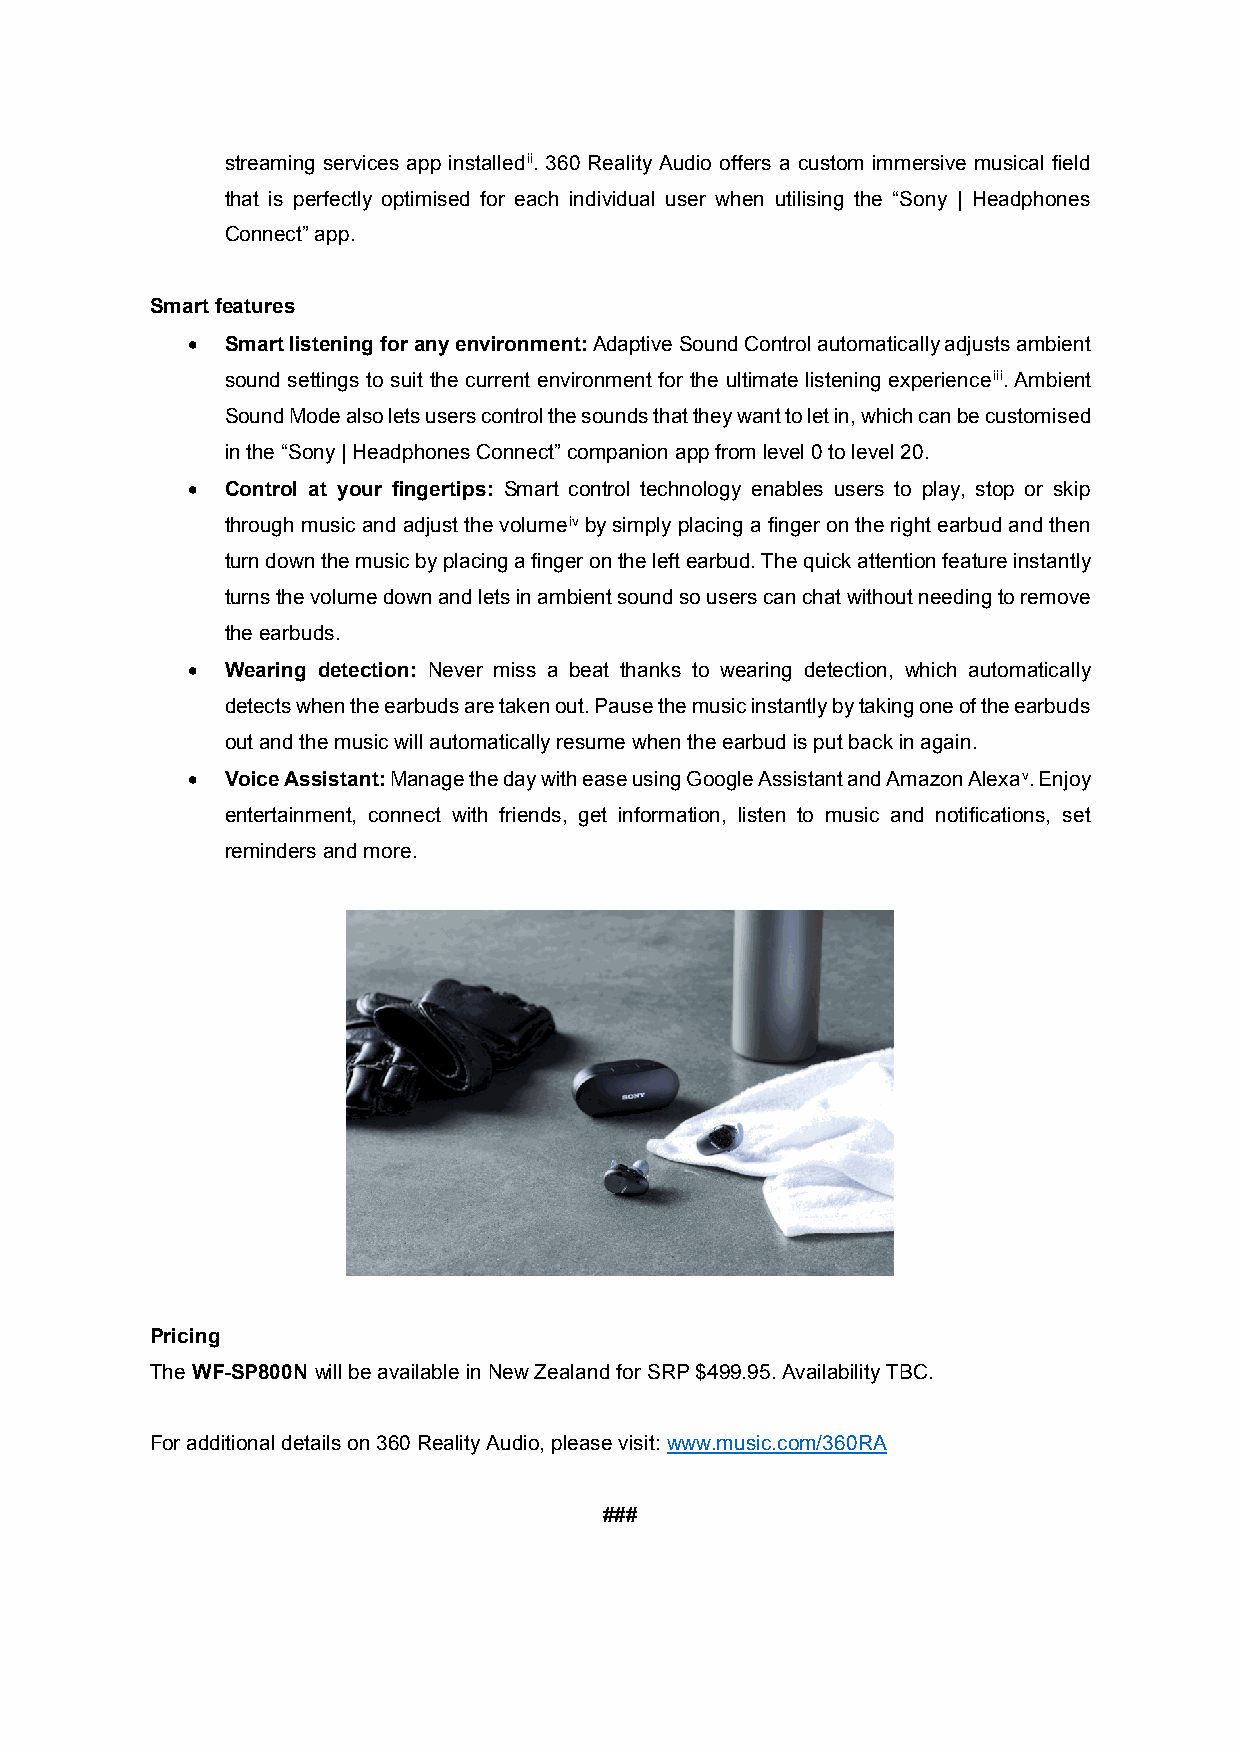
streaming services app installedii. 360 Reality Audio offers a custom immersive musical field
 that is perfectly optimised for each individual user when utilising the “Sony | Headphones
 Connect” app.
 Smart features
 •  Smart listening for any environment: Adaptive Sound Control automatically adjusts ambient
 sound settings to suit the current environment for the ultimate listening experienceiii. Ambient
 Sound Mode also lets users control the sounds that they want to let in, which can be customised
 in the “Sony | Headphones Connect” companion app from level 0 to level 20.
 •  Control at your fingertips: Smart control technology enables users to play, stop or skip
 through music and adjust the volumeiv by simply placing a finger on the right earbud and then
 turn down the music by placing a finger on the left earbud. The quick attention feature instantly
 turns the volume down and lets in ambient sound so users can chat without needing to remove
 the earbuds.
 •  Wearing detection: Never miss a beat thanks to wearing detection, which automatically
 detects when the earbuds are taken out. Pause the music instantly by taking one of the earbuds
 out and the music will automatically resume when the earbud is put back in again.
 •  Voice Assistant: Manage the day with ease using Google Assistant and Amazon Alexav. Enjoy
 entertainment, connect with friends, get information, listen to music and notifications, set
 reminders and more.
 Pricing
 The WF-SP800N will be available in New Zealand for SRP $499.95. Availability TBC.
 For additional details on 360 Reality Audio, please visit: www.music.com/360RA
 ###